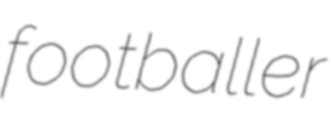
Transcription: footballer